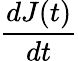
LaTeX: \frac{dJ(t)}{dt}